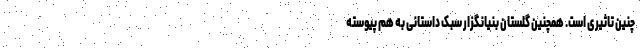
چنین تاثیری است. همچنین گلستان بنیانگزار سبک داستانی به هم پیوسته